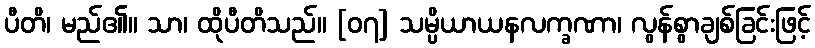
ပီတိ၊ မည်၏။ သာ၊ ထိုပီတိသည်။ [၀၇] သမ္ပိယာယနလက္ခဏာ၊ လွန်စွာချစ်ခြင်းဖြင့်